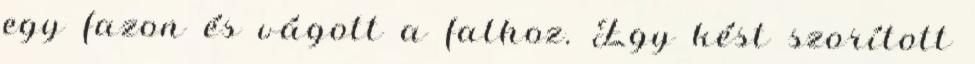
egy fazon és vágott a falhoz. Egy kést szorított